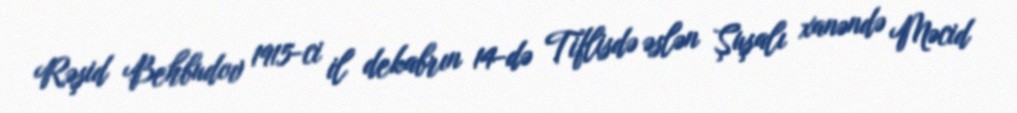
Rəşid Behbudov 1915-ci il dekabrın 14-də Tiflisdə əslən Şuşalı xanəndə Məcid